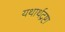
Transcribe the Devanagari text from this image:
यथार्थद्रष्टा